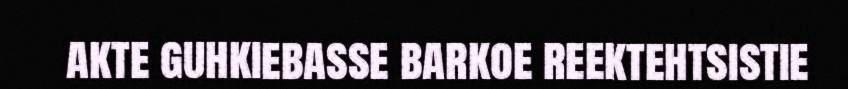
akte guhkiebasse barkoe reektehtsistie